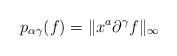
LaTeX: \begin{align*}p_{\alpha\gamma}(f)=\Vert x^{a}\partial^{\gamma}f\Vert_{\infty}\end{align*}